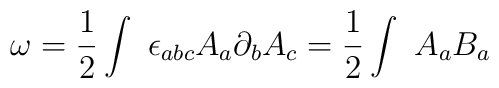
{\omega} = \frac{1}{2}\int \ {\epsilon}_{abc}A_a\partial_bA_c = \frac{1}{2} \int \ A_aB_a